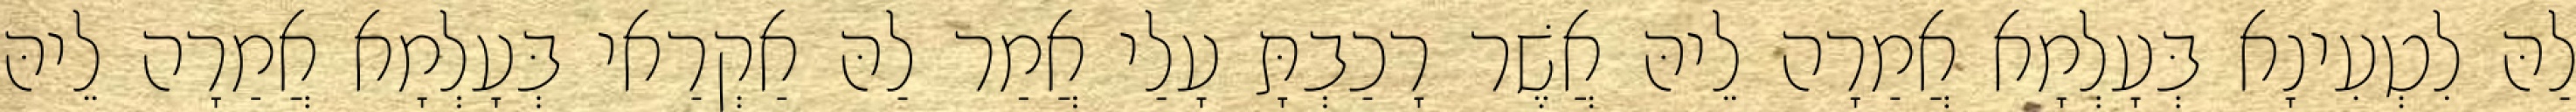
לַהּ לִטְעִינָא בְּעָלְמָא אֲמַרָה לֵיהּ אֲשֶׁר רָכַבְתָּ עָלַי אֲמַר לַהּ אַקְרַאי בְּעָלְמָא אֲמַרָה לֵיהּ